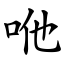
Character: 咃